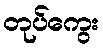
တုပ်ကွေး